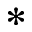
^ *